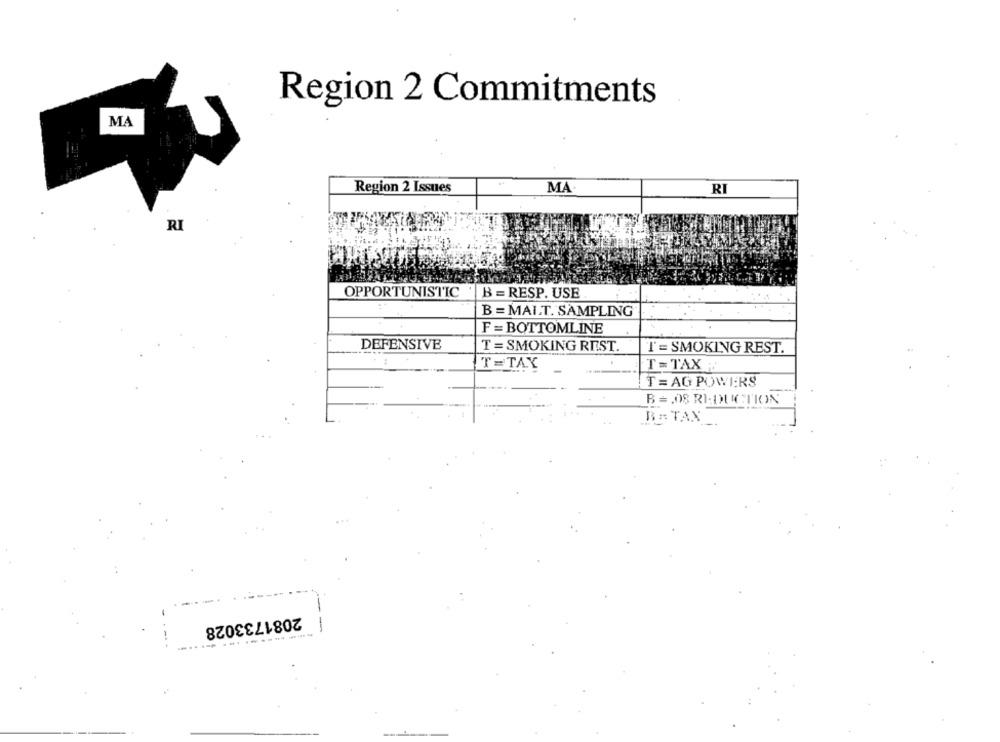
Region 2 Commitments
MA
Region 2 Issues
MA
RI
RI
OPPORTUNISTIC |B = RESP. USE
B = MAI.T. SAMPLING
F = BOTTOMLINE
DEFENSIVE
T = SMOKING REST.
I' = SMOKING REST.
T =TAX
T=TAX
T = AG POWERS
B =, 08 RI-DUCTION
BR TAX_
2081733028